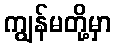
ကျွန်မတို့မှာ